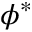
\phi ^ { * }